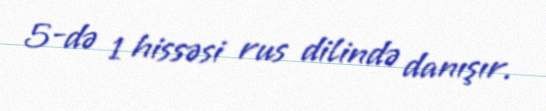
5-də 1 hissəsi rus dilində danışır.